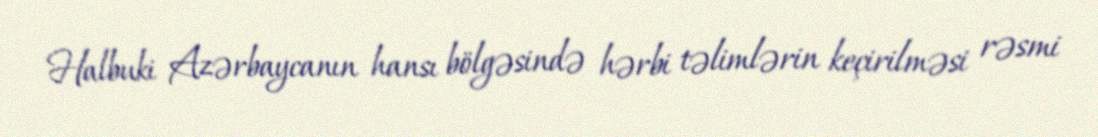
Halbuki Azərbaycanın hansı bölgəsində hərbi təlimlərin keçirilməsi rəsmi